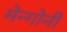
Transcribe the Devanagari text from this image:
मेन्गोनी